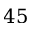
4 5